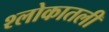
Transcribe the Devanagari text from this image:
श्लोकातली